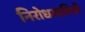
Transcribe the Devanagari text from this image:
निरोधगामिनी